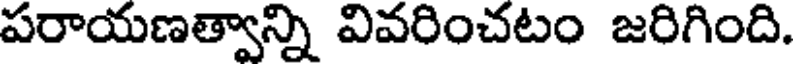
పరాయణత్వాన్ని వివరించటం జరిగింది.